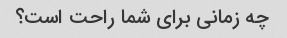
چه زمانی برای شما راحت است؟